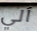
آلي